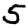
Digit: 5